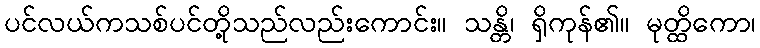
ပင်လယ်ကသစ်ပင်တို့သည်လည်းကောင်း။ သန္တိ၊ ရှိကုန်၏။ မုတ္ထိကော၊